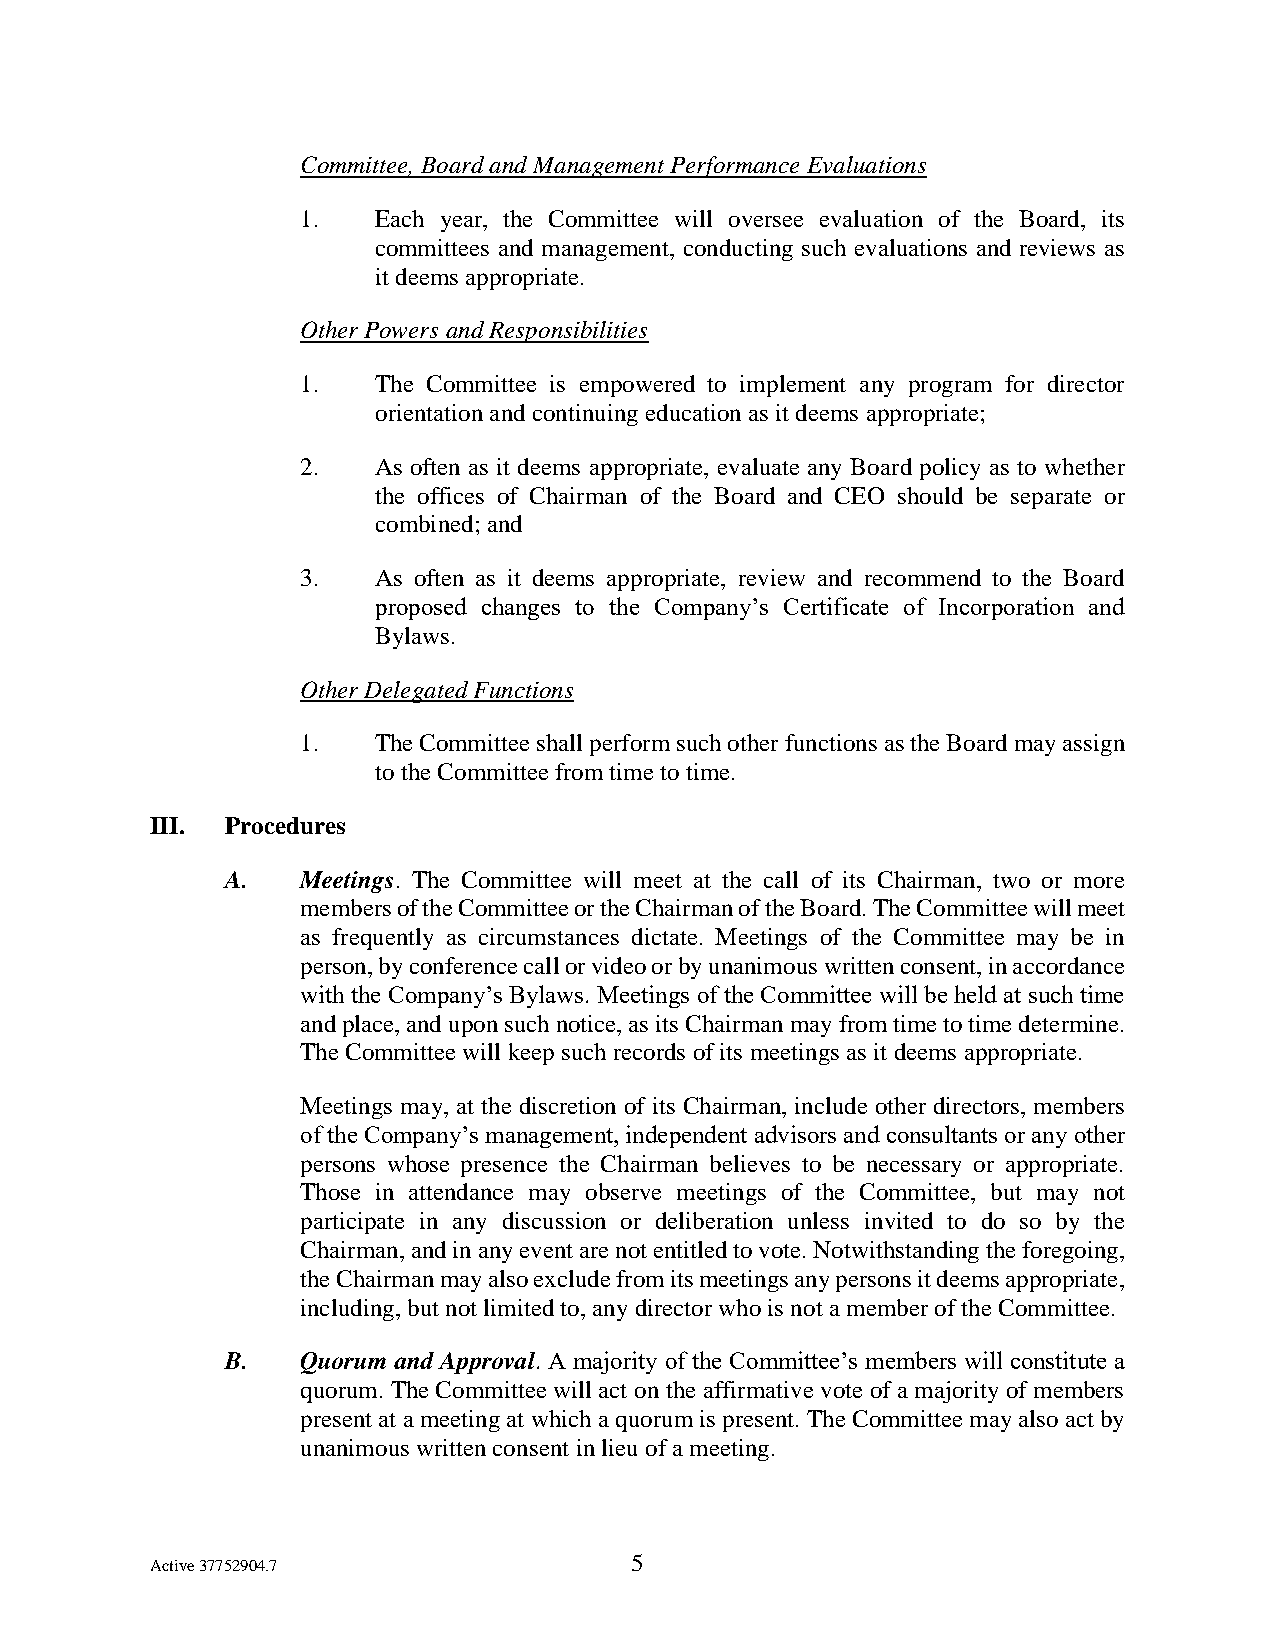
Committee, Board and Management Performance Evaluations
 1.   Each year, the Committee will oversee evaluation of the Board, its
 committees and management, conducting such evaluations and reviews as
 it deems appropriate.
 Other Powers and Responsibilities
 1.   The Committee is empowered to implement any program for director
 orientation and continuing education as it deems appropriate;
 2.   As often as it deems appropriate, evaluate any Board policy as to whether
 the offices of Chairman of the Board and CEO should be separate or
 combined; and
 3.   As often as it deems appropriate, review and recommend to the Board
 proposed changes to the Company’s Certificate of Incorporation and
 Bylaws.
 Other Delegated Functions
 1.   The Committee shall perform such other functions as the Board may assign
 to the Committee from time to time.
 III. Procedures
 A.   Meetings. The Committee will meet at the call of its Chairman, two or more
 members of the Committee or the Chairman of the Board. The Committee will meet
 as frequently as circumstances dictate. Meetings of the Committee may be in
 person, by conference call or video or by unanimous written consent, in accordance
 with the Company’s Bylaws. Meetings of the Committee will be held at such time
 and place, and upon such notice, as its Chairman may from time to time determine.
 The Committee will keep such records of its meetings as it deems appropriate.
 Meetings may, at the discretion of its Chairman, include other directors, members
 of the Company’s management, independent advisors and consultants or any other
 persons whose presence the Chairman believes to be necessary or appropriate.
 Those in attendance may observe meetings of the Committee, but may not
 participate in any discussion or deliberation unless invited to do so by the
 Chairman, and in any event are not entitled to vote. Notwithstanding the foregoing,
 the Chairman may also exclude from its meetings any persons it deems appropriate,
 including, but not limited to, any director who is not a member of the Committee.
 B.   Quorum and Approval. A majority of the Committee’s members will constitute a
 quorum. The Committee will act on the affirmative vote of a majority of members
 present at a meeting at which a quorum is present. The Committee may also act by
 unanimous written consent in lieu of a meeting.
 5
 Active 37752904.7